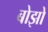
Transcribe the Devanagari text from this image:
बोझो